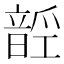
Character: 𱂑